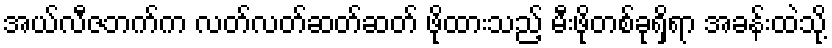
အယ်လီဇဘက်က လတ်လတ်ဆတ်ဆတ် ဖိုထားသည့် မီးဖိုတစ်ခုရှိရာ အခန်းထဲသို့